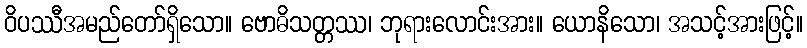
ဝိပဿီအမည်တော်ရှိသော။ ဗောဓိသတ္တဿ၊ ဘုရားလောင်းအား။ ယောနိသော၊ အသင့်အားဖြင့်။